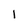
Character: l